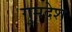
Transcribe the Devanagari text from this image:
गुमदेश